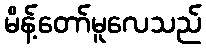
မိန့်တော်မူလေသည်